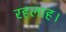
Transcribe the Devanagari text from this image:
रहलाह।